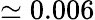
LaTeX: \simeq 0.006